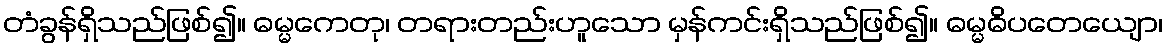
တံခွန်ရှိသည်ဖြစ်၍။ ဓမ္မကေတု၊ တရားတည်းဟူသော မှန်ကင်းရှိသည်ဖြစ်၍။ ဓမ္မဓိပတေယျော၊